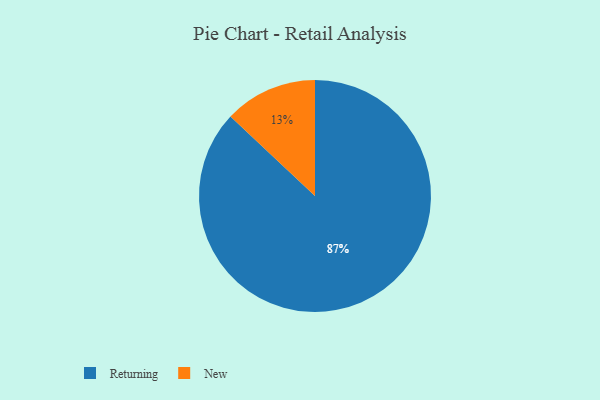
{"axis": {"x": "Category", "y": "Percentage"}, "legend": ["New", "Returning"], "data": [{"x": "New", "y": 13, "type": "New"}, {"x": "Returning", "y": 87, "type": "Returning"}]}